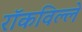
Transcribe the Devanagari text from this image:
रॉकविल्ले